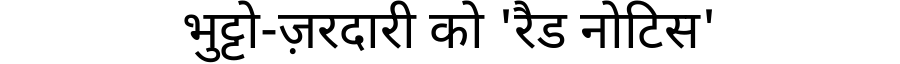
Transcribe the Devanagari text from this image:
भुट्टो-ज़रदारी को 'रैड नोटिस'